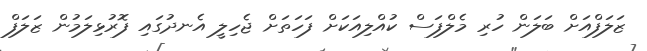
ޒަލަފްއަށް ބަލަން ހުރި މެލްފަސް ކުއްލިއަކަށް ފަހަތަށް ޖެހިލީ އެނދުގައި ފޮރުޅިލަމުން ޒަލަފް